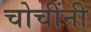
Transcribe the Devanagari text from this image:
चोचींनी